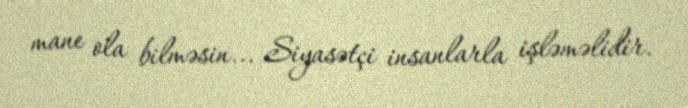
mane ola bilməsin... Siyasətçi insanlarla işləməlidir.